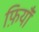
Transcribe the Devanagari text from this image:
फ़ियॉँ